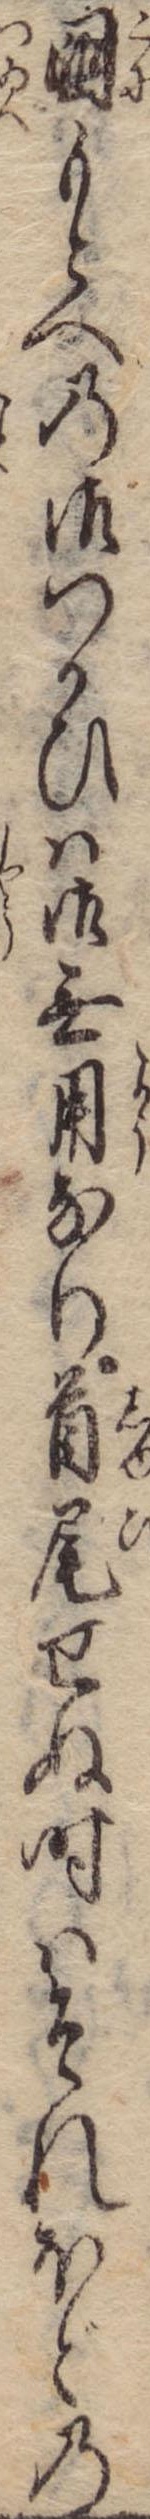
国もとへの御つかひは御無用なり首尾せぬ時はそれほどの